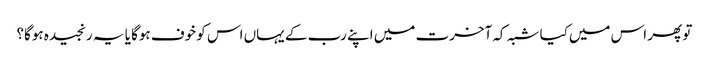
تو پھر اس میں‌کیا شبہ کہ آخرت میں اپنے رب کے یہاں اس کو خوف ہوگا یا یہ رنجیدہ ہوگا؟